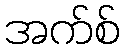
အက်စ်